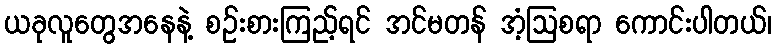
ယခုလူတွေအနေနဲ့ စဉ်းစားကြည့်ရင် အင်မတန် အံ့ဩစရာ ကောင်းပါတယ်၊